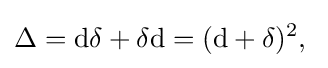
\Delta =\mathrm {d} \delta +\delta \mathrm {d} =(\mathrm {d} +\delta )^{2},\;